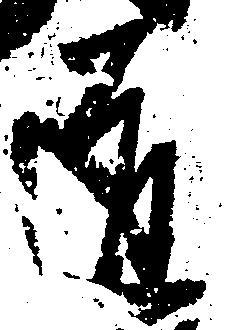
道